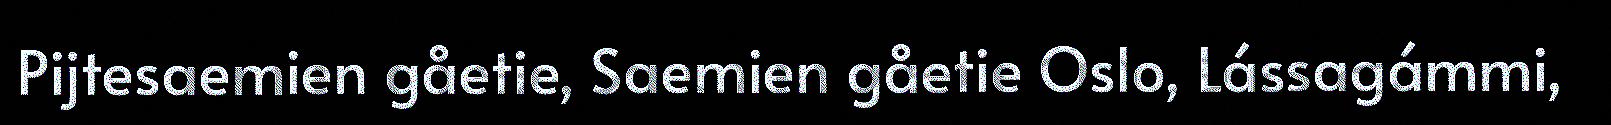
Pijtesaemien gåetie, Saemien gåetie Oslo, Lássagámmi,